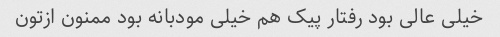
خیلی عالی بود رفتار پیک هم خیلی مودبانه بود ممنون ازتون